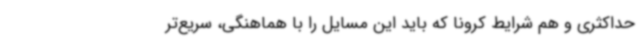
حداکثری و هم شرایط کرونا که باید این مسایل را با هماهنگی، سریع‌تر